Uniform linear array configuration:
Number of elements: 4
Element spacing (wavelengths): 0.75
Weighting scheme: exponential
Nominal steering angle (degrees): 60
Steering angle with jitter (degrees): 58.395
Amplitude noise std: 0.05
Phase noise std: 0.05

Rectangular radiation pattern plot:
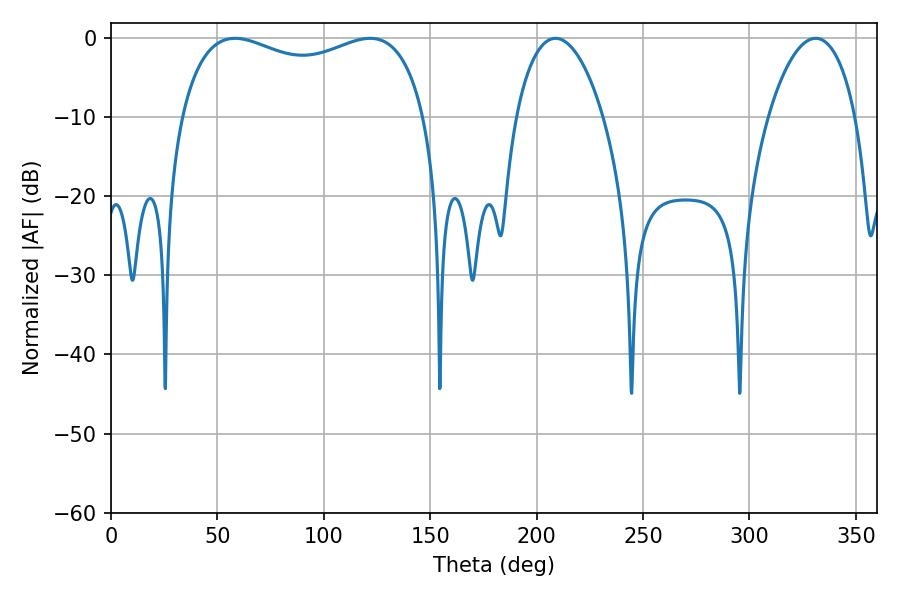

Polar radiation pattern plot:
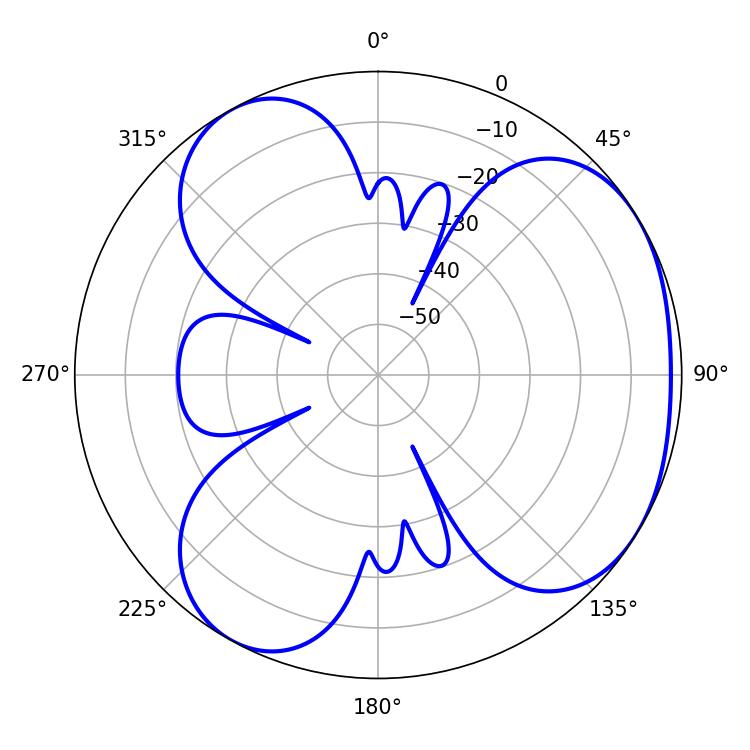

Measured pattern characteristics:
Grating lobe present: TRUE
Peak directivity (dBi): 3.931
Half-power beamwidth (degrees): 95.04
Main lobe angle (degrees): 58.32